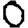
Digit: 0